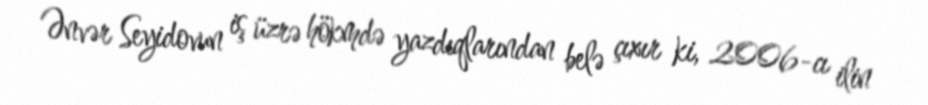
Ənvər Seyidovun iş üzrə hökmdə yazdıqlarından belə çıxır ki, 2006-cı ilin